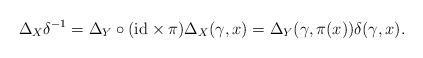
LaTeX: \begin{gather*}\Delta_X\delta^{-1}=\Delta_Y \circ({\rm id}\times\pi)\Delta_X(\gamma,x)=\Delta_Y(\gamma,\pi(x))\delta(\gamma,x).\end{gather*}